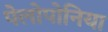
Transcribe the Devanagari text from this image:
पेलोपोनिया